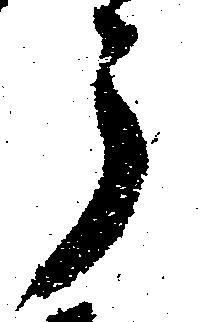
う